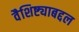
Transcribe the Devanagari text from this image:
वैशिष्ट्याबद्दल